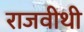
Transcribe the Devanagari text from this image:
राजवीथी